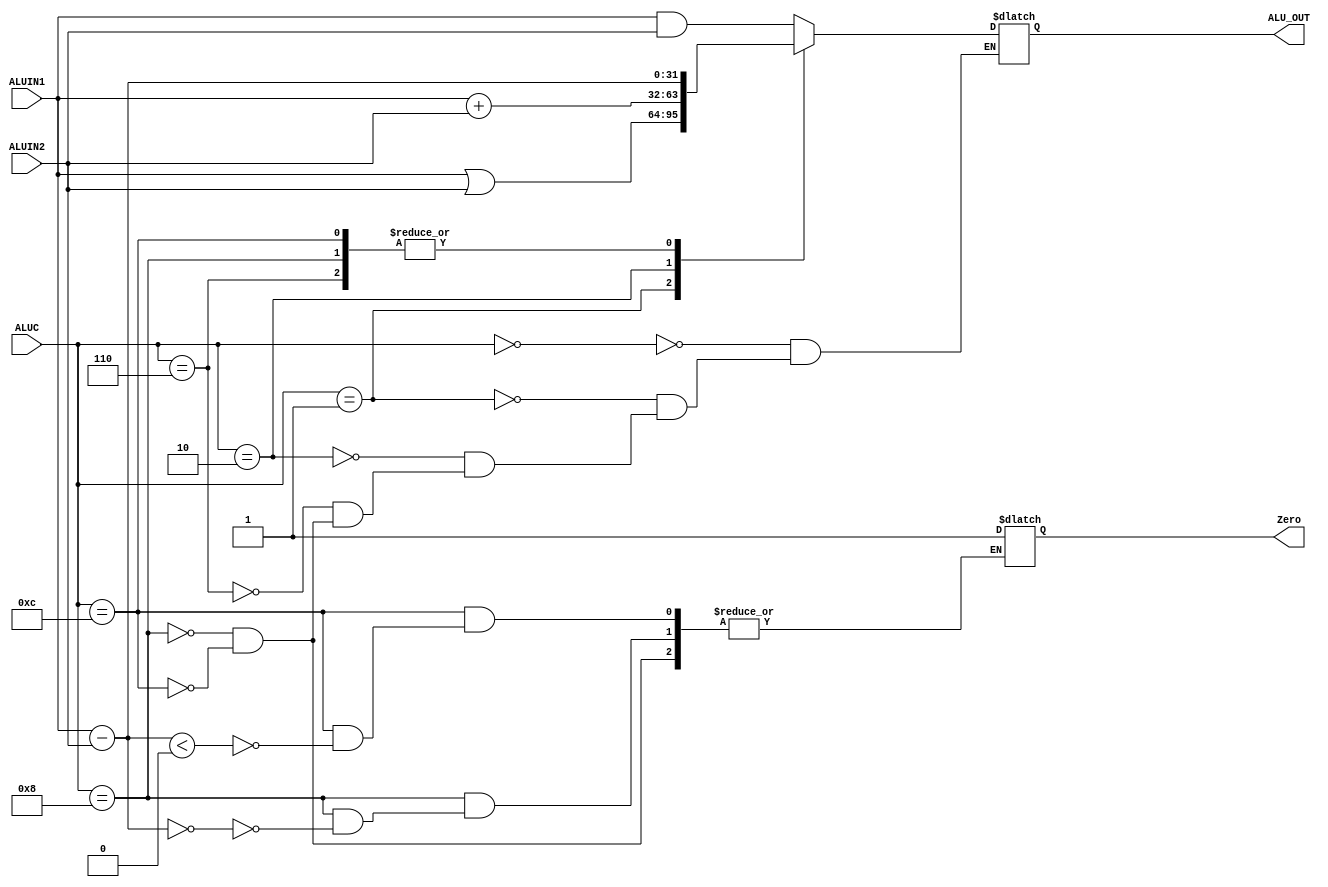
module ALU(ALUIN1, ALUIN2, ALUC, ALU_OUT, Zero);
    input [31:0] ALUIN1;
    input [31:0] ALUIN2;
    input [3:0] ALUC;
    output Zero;
    output reg [31:0] ALU_OUT;


    always @(*) begin
        case(ALUC)
            4'b0000:ALU_OUT = ALUIN1 & ALUIN2;
            4'b0001:ALU_OUT = ALUIN1 | ALUIN2;
            4'b0010:ALU_OUT = ALUIN1 + ALUIN2;
            4'b0110:ALU_OUT = ALUIN1 - ALUIN2;
            4'b1000:
            begin
                ALU_OUT = ALUIN1 - ALUIN2;
                if (ALU_OUT == 0) Zero = 1;
            end
            
            4'b1100: begin
                ALU_OUT = ALUIN1 - ALUIN2;
                if (ALU_OUT < 0) Zero = 1;
            end
        endcase
    end

    
endmodule